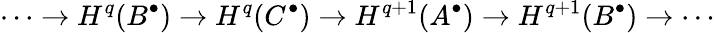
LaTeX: \cdots\rightarrow H^{q}(B^{\bullet})\rightarrow H^{q}(C^{\bullet})\rightarrow H^{q+1}(A^{\bullet})\rightarrow H^{q+1}(B^{\bullet})\rightarrow\cdots